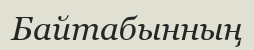
Байтабынның